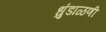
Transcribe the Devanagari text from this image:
धुंडाळणी